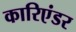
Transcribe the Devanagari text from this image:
कारिएंडर